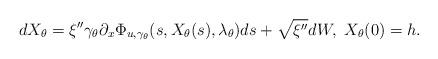
LaTeX: \begin{align*}dX_\theta&=\xi''\gamma_\theta \partial_x\Phi_{u,\gamma_\theta}(s,X_\theta(s),\lambda_\theta)ds+\sqrt{\xi''}dW,\,\,X_\theta(0)=h.\end{align*}